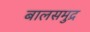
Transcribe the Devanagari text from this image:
बालसमुद्र